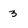
Character: 3